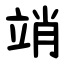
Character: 䇌